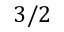
3 / 2